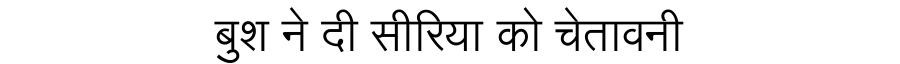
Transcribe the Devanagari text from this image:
बुश ने दी सीरिया को चेतावनी